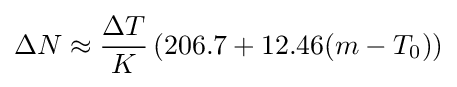
\Delta N\approx {\frac {\Delta T}{K}}\left(206.7+12.46(m-T_{0})\right)